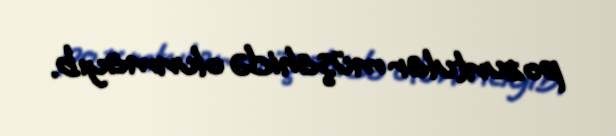
pozuntular müşahidə olunmayıb.